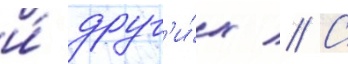
и́ друг'и́х // С